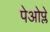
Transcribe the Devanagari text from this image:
पेओप्ले